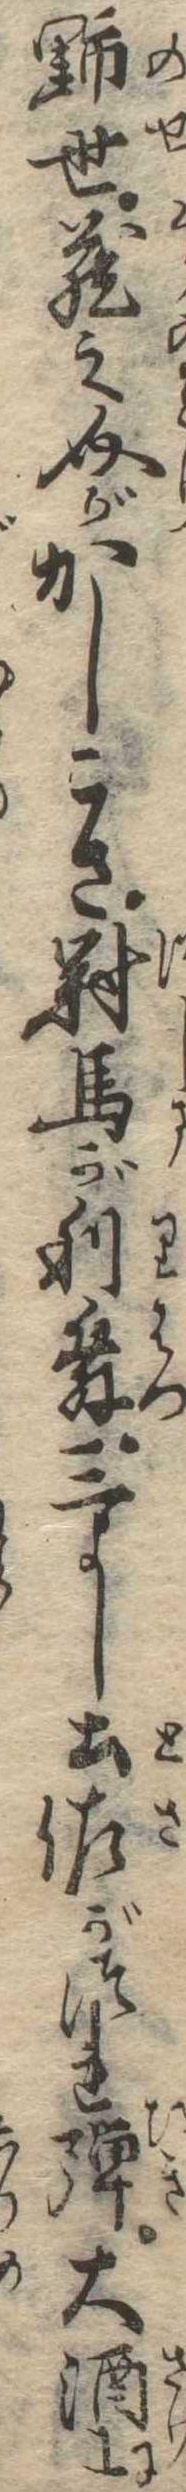
野世蔵之介がかしこさ対馬が利発三よし土佐がつれ弾大酒に